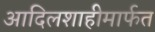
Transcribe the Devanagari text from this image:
आदिलशाहीमार्फत